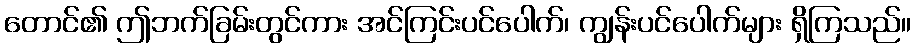
တောင်၏ ဤဘက်ခြမ်းတွင်ကား အင်ကြင်းပင်ပေါက်၊ ကျွန်းပင်ပေါက်များ ရှိကြသည်။